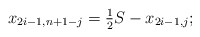
\begin{align*} x_{2i-1,n+1-j} = \tfrac{1}{2} S - x_{2i-1,j};\end{align*}